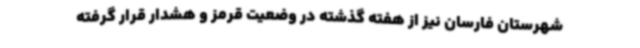
شهرستان فارسان نیز از هفته گذشته در وضعیت قرمز و هشدار قرار گرفته